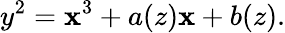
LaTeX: y^{2}=\mathbf{x}^{3}+a(z)\mathbf{x}+b(z).